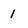
Character: 1